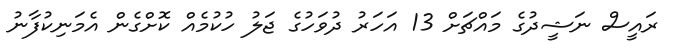
ރައީސް ނަޝީދުގެ މައްޗަށް 13 އަހަރު ދުވަހުގެ ޖަލު ހުކުމެއް ކޮށްގެން އެމަނިކުފާނު